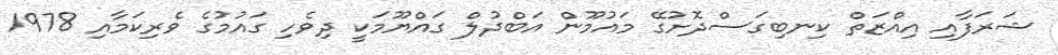
ޝަރަފާއި އިއްޒަތް ކިނބިގަސްދޮށުގޭ މައުމޫން އަބްދުލް ގައްޔޫމަކީ ދިވެހި ގައުމުގެ ވެރިކަމާއި 1978